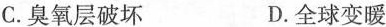
C.臭氧层破坏 D.全球变暖